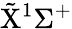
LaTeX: \tilde{\mathrm{X}}^{1}\Sigma^{+}